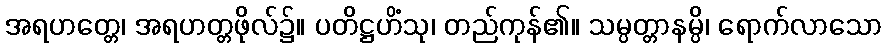
အရဟတ္တေ၊ အရဟတ္တဖိုလ်၌။ ပတိဋ္ဌဟိံသု၊ တည်ကုန်၏။ သမ္ပတ္တာနမ္ပိ၊ ရောက်လာသော